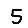
Digit: 5